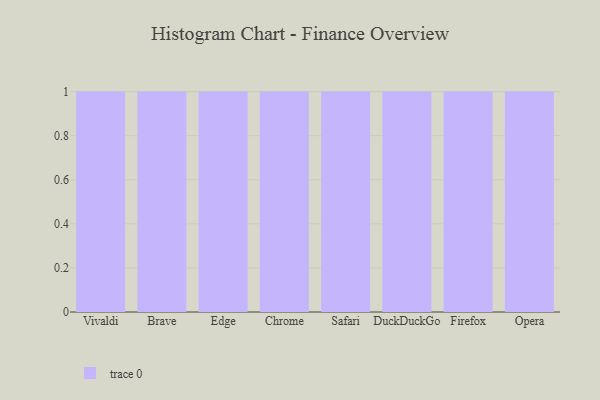
{"axis": {"x": "Browser", "y": "LTV (USD)"}, "legend": [""], "data": [{"x": "Vivaldi", "y": 62, "type": ""}, {"x": "Brave", "y": 15, "type": ""}, {"x": "Edge", "y": 9, "type": ""}, {"x": "Chrome", "y": 42, "type": ""}, {"x": "Safari", "y": 96, "type": ""}, {"x": "DuckDuckGo", "y": 38, "type": ""}, {"x": "Firefox", "y": 11, "type": ""}, {"x": "Opera", "y": 18, "type": ""}]}